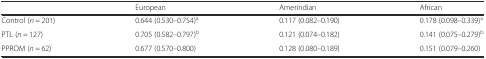
|  | European | Amerindian | African |
 | --- | --- | --- | --- |
 | Control (n = 201) | 0.644 (0.530–0.754)a | 0.117 (0.082–0.190) | 0.178 (0.098–0.339)a |
 | PTL (n = 127) | 0.705 (0.582–0.797)b | 0.121 (0.074–0.182) | 0.141 (0.075–0.279)b |
 | PPROM (n = 62) | 0.677 (0.570–0.800) | 0.128 (0.080–0.189) | 0.151 (0.079–0.260) |